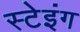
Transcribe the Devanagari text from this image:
स्टेइंग